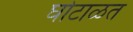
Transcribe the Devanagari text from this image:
घोटाळत